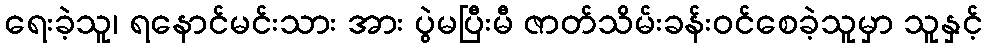
ရေးခဲ့သူ၊ ရနောင်မင်းသား အား ပွဲမပြီးမီ ဇာတ်သိမ်းခန်းဝင်စေခဲ့သူမှာ သူနှင့်